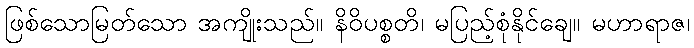
ဖြစ်သောမြတ်သော အကျိုးသည်။ နိဝိပစ္စတိ၊ မပြည့်စုံနိုင်ချေ။ မဟာရာဇ၊